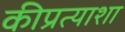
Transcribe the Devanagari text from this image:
कीप्रत्याशा